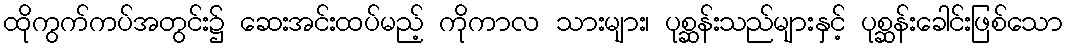
ထိုကွက်ကပ်အတွင်း၌ ဆေးအင်းထပ်မည့် ကိုကာလ သားများ၊ ပုစ္ဆန်းသည်များနှင့် ပုစ္ဆန်းခေါင်းဖြစ်သော